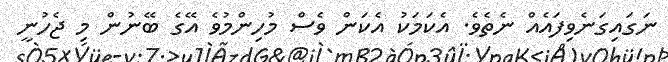
ނަގައިގަނެވިފައެއް ނެތެވެ. އެކަމަކު އެކަން ވެސް މުހިންމުވެ އޭގެ ބޭނުން މި ޖެހުނީ